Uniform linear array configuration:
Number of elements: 4
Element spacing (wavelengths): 1
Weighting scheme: hamming
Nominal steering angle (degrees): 60
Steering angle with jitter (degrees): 58.81
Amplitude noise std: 0.05
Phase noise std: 0.05

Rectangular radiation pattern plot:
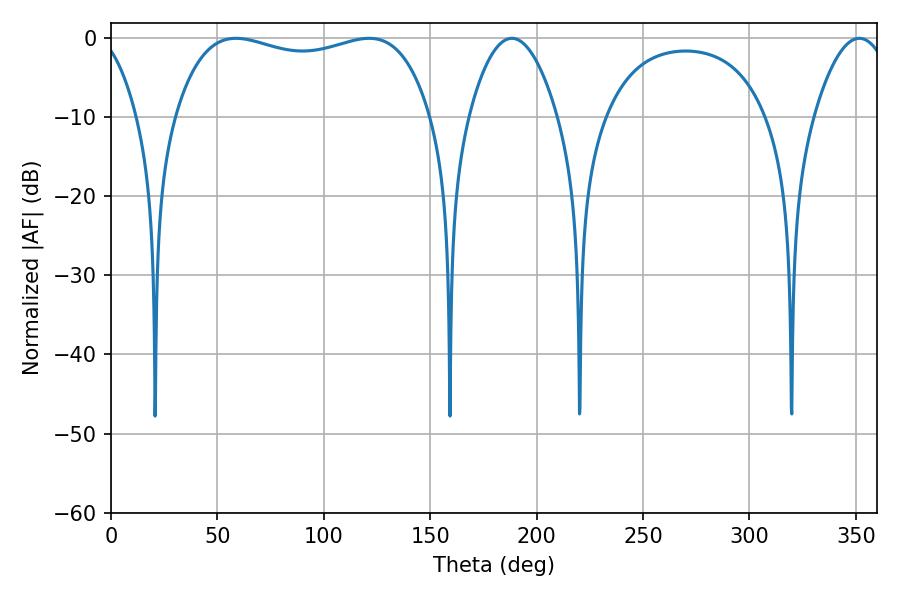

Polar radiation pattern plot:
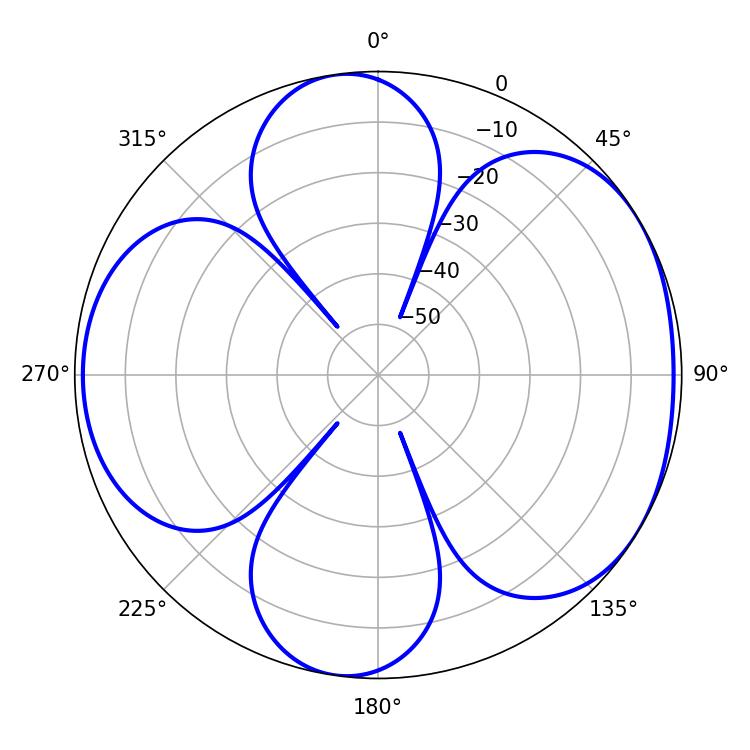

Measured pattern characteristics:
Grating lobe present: TRUE
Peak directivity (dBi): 5.187
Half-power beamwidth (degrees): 97.92
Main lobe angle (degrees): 58.68